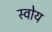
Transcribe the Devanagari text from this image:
स्वोय